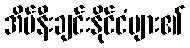
အိမ်နီးချင်းနိုင်ငံများ၏